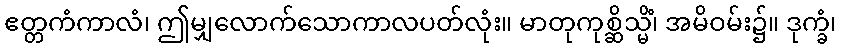
ဧတ္တကံကာလံ၊ ဤမျှလောက်သောကာလပတ်လုံး။ မာတုကုစ္ဆိသ္မိံ၊ အမိဝမ်း၌။ ဒုက္ခံ၊